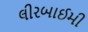
લીરબાઈમી